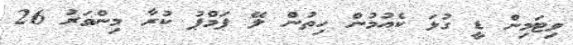
ވިޓަމިން ޑީ ގުޅަ ކެއުމުން ހިތުން ލޭ ޕަމްޕު ކުރާ މިންވަރު 26